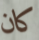
كان